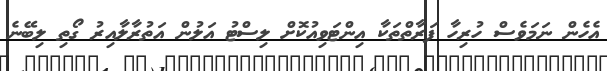
އެހެން ނަމަވެސް ހުރިހާ ފަރާތްތަކާ އިންޓަވިއުކޮށް ލިސްޓު އަލުން އަތުރާލާއިރު ގޯތި ލިބޭނެ